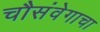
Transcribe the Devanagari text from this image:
चौसंवेगाचा